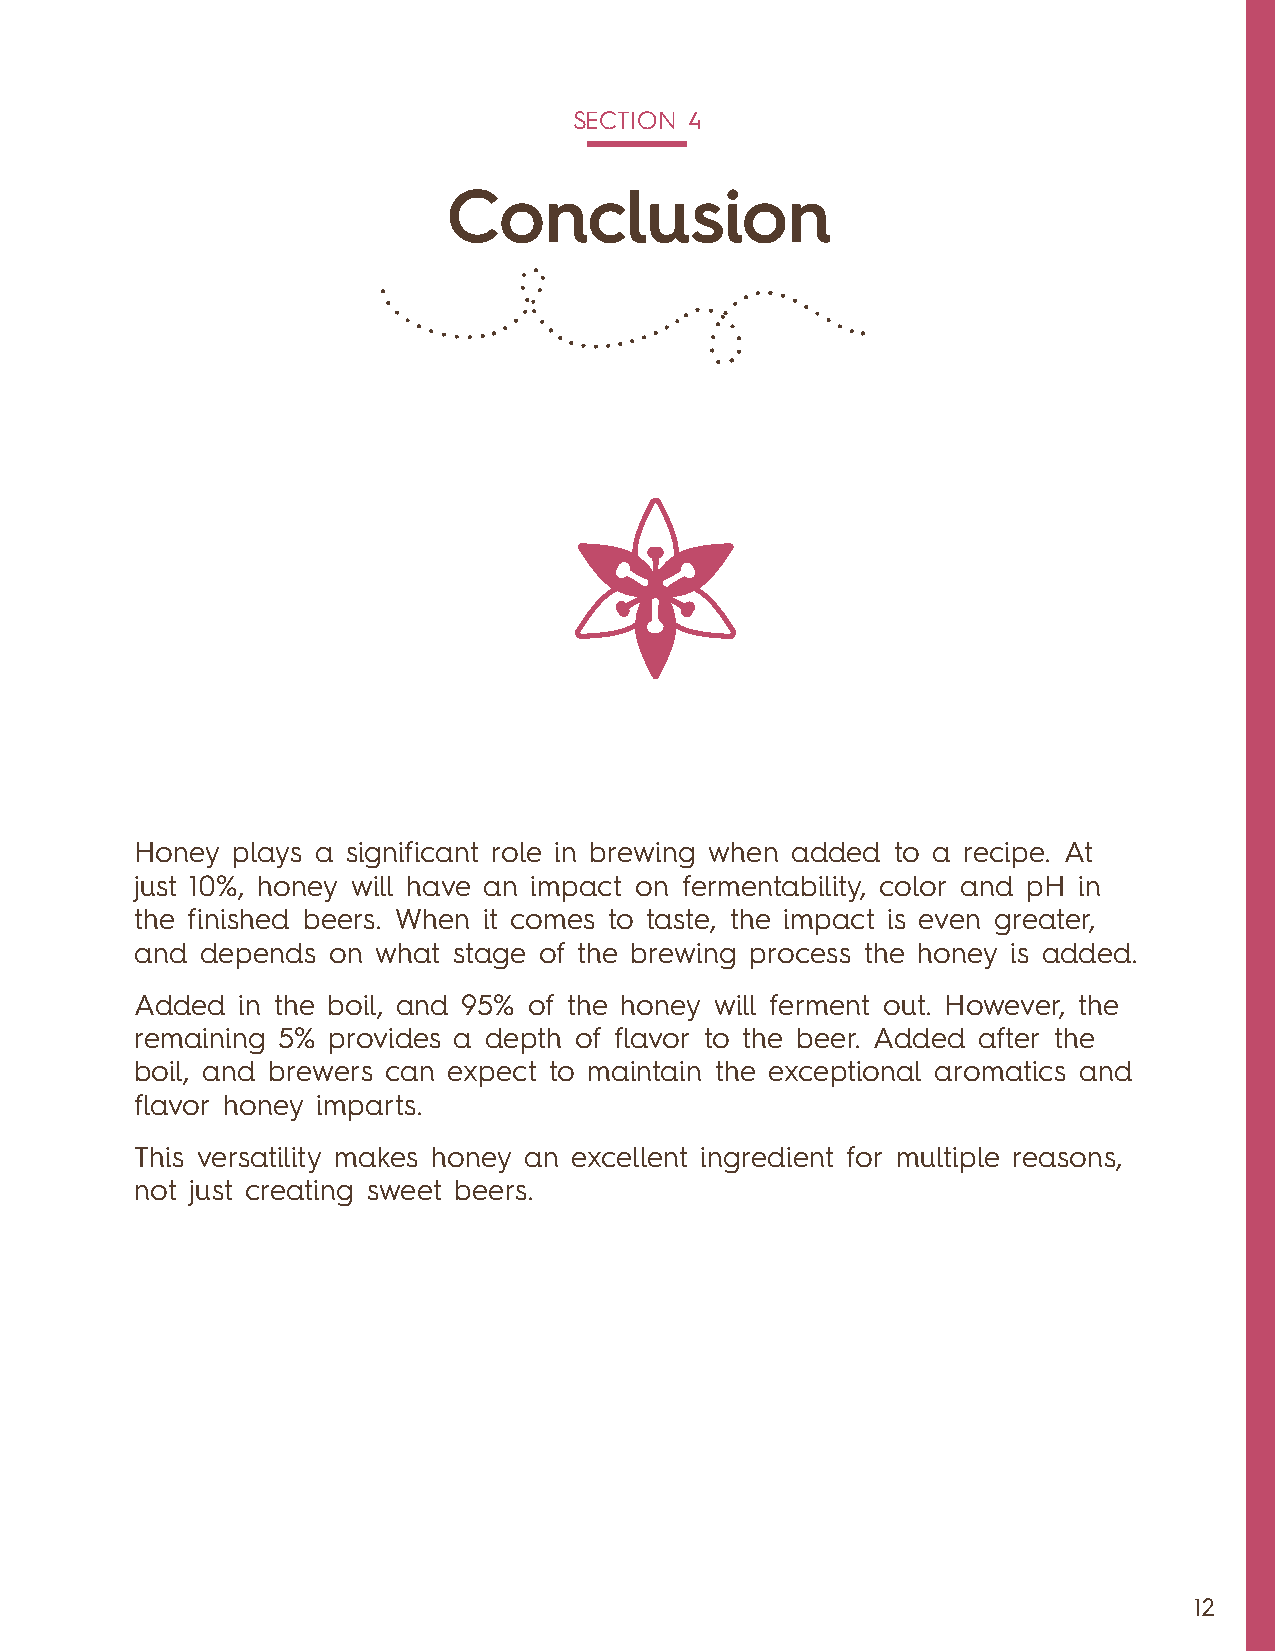
SECTION 4
 Conclusion
 Honey plays a significant role in brewing when added to a recipe. At
 just 10%, honey will have an impact on fermentability, color and pH in
 the finished beers. When it comes to taste, the impact is even greater,
 and depends  on what stage of the brewing process the honey is added.
 Added  in the boil, and 95% of the honey will ferment out. However, the
 remaining 5% provides a depth of flavor to the beer. Added after the
 boil, and brewers can expect to maintain the exceptional aromatics and
 flavor honey imparts.
 This versatility makes honey an excellent ingredient for multiple reasons,
 not just creating sweet beers.
 12